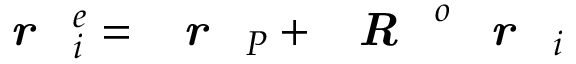
\textbf { \textit { r } } _ { i } ^ { e } = \textbf { \textit { r } } _ { P } + \textbf { \textit { R } } ^ { o } \textbf { \textit { r } } _ { i }